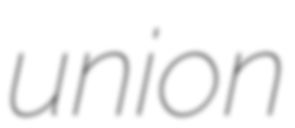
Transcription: union